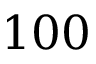
1 0 0